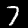
Digit: 7